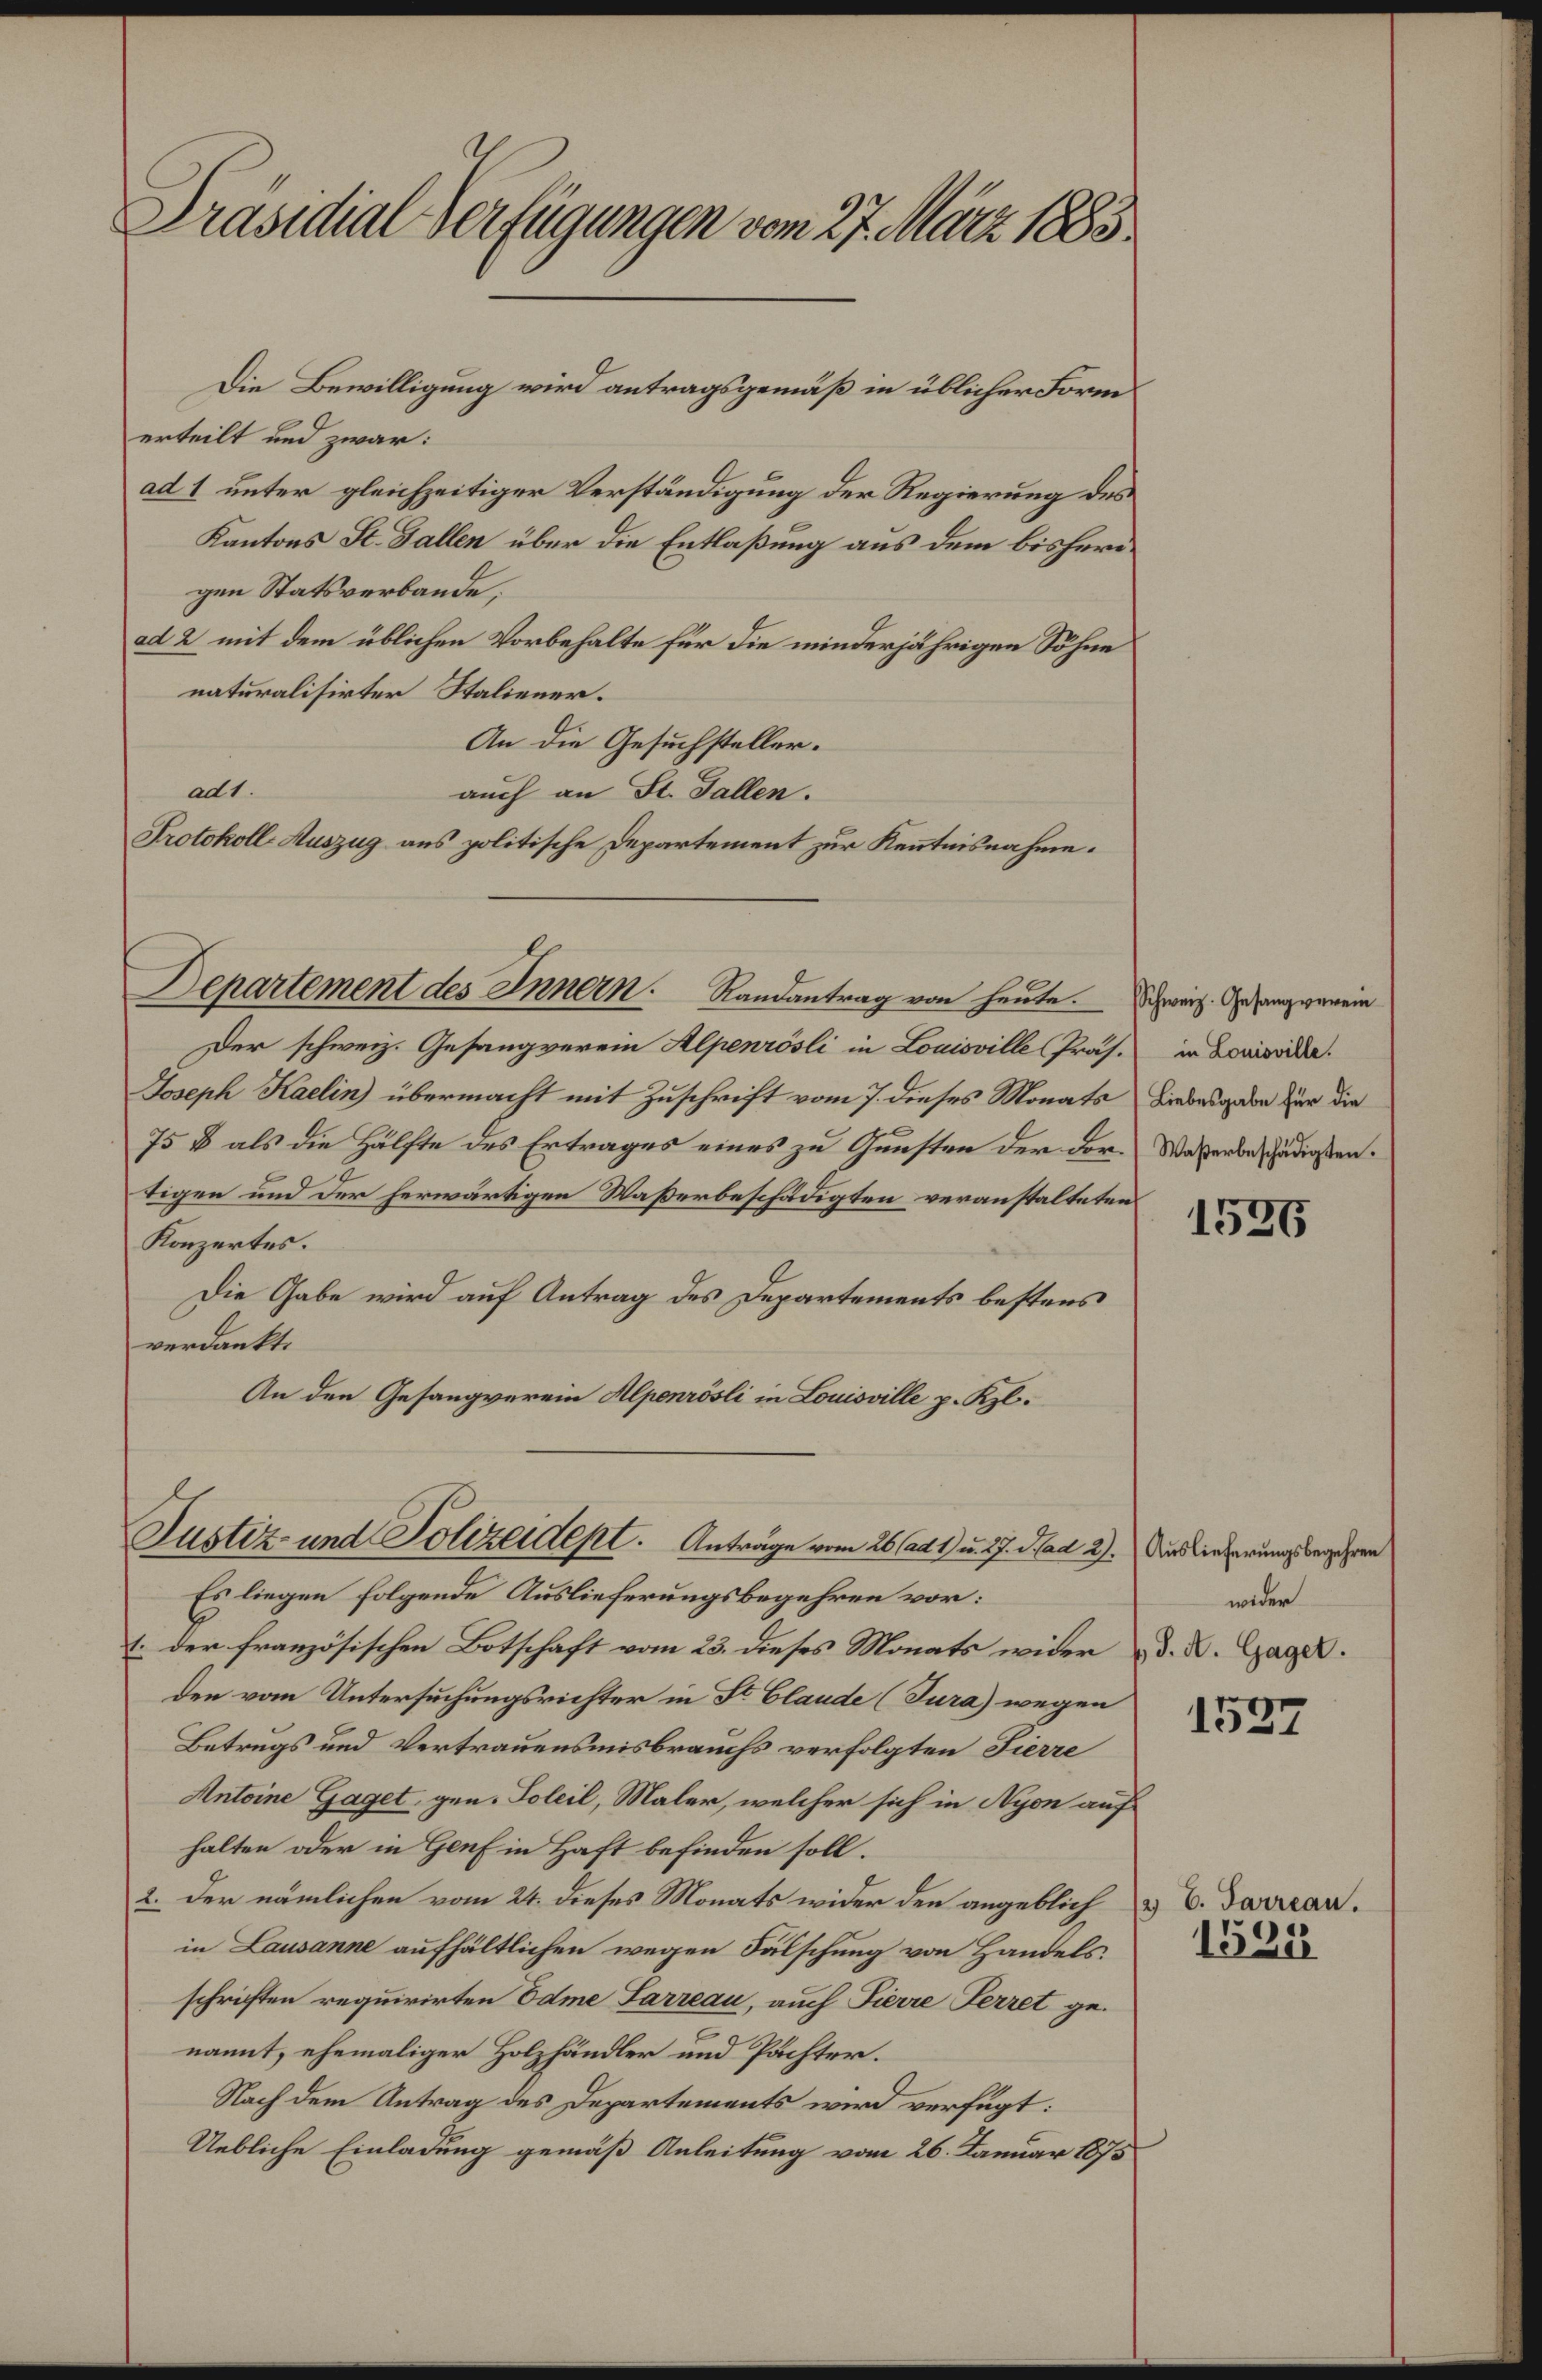
Präsidial-Verfügungen vom 27. März 1883

erteilt und zwar:
ad 1 unter gleichzeitiger Verständigung der Regierung des
Kantons St. Gallen über die Entlaßung aus dem bisherigen Statsverbande.
ad 2 mit dem üblichen Vorbehalte für die minderjährigen Söhne
naturalisirter Staliener.
An die Gesuchsteller.
ad 1.
auch an St. Gallen.
Protokoll-Auszug aus politische Departement zur Kenntnisnahme.
Departement des Innern. Randantrag von heute. Schweiz. Gesangverein
Der schweiz. Gesangverein Alpenrösli in Louisville Präs. in Louisvida.
Joseph Kaelin übermacht mit Zuschrift vom 7. dieses Monats Liebesgabe für die
75 B als die Hälfte des Ertrages eines zu Gunsten der dor- Waßerbeschädigsten.
tigen und der herwärtigen Waßerbeschädigten veranstalteten
Konzertes.
Die Gabe wird auf Antrag des Departements bestens
verdankt.
An den Gesangverein Alpenrösli in Louisville p. Kzl.

Die Bewilligung wird antragsgemäß in üblicher Form

Justiz- und Polizeident. Anträge vom 26. ad 1. u. 27. d. ad 2. Des wiederungsbegehren

Es liegen folgende Auslieferungsbegehren vor:
1. der französischen Botschaft vom 23. dieses Monats wider & d. d. Gage.
den vom Untersuchungsrichter in Sr. Claude (Tura) wegen
Betrugs und Vertrauensmisbrauchs verfolgten Fierze
Antoine Gaget, gen. Soleil, Maler, welcher sich in Nyon auf
halten oder in Genf in Haft befinden soll.
2. Der nämlichen vom 24. dieses Monats wider den angeblich zu E. Daran.
in Lausanne aufhältlichen wegen Fälschung von Handels.
schriften requirirten Odme Sarreau, auch Fierre Ferret genannt, ehemaliger Holzhändler und Pächter.
Nach dem Antrag des Departements wird verfügt:
Uebliche Einladung gemäß Anleitung vom 26. Januar 1875

1535

wider

1537

1525